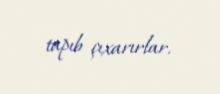
tapıb çıxarırlar.